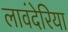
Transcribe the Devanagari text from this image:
लावंदेरिया